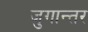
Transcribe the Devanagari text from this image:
जुगान्तर